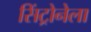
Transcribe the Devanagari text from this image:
सिंट्रोनेला